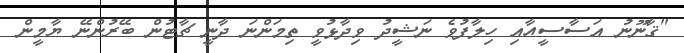
"ޤާނޫނު އަސާސީއާއި ހިލާފުވެ ނަޝީދު ވިދާޅުވީ ތިމަންނަ ދާނީ ޗާޓުން ބޭރުންނޭ ޔާމީން